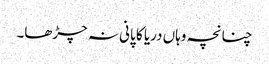
چنانچہ وہاں دریا کا پانی نہ چڑھا۔